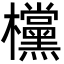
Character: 欓